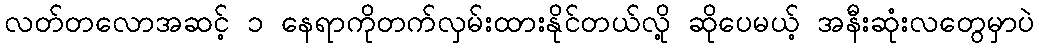
လတ်တလောအဆင့် ၁ နေရာကိုတက်လှမ်းထားနိုင်တယ်လို့ ဆိုပေမယ့် အနီးဆုံးလတွေမှာပဲ